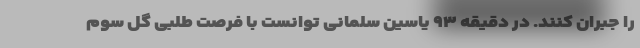
را جبران کنند. در دقیقه ۹۳ یاسین سلمانی توانست با فرصت طلبی گل سوم